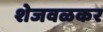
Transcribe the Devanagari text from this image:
शेजवळकर